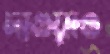
দাওয়াও